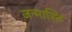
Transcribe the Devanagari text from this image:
जन्मास्ति